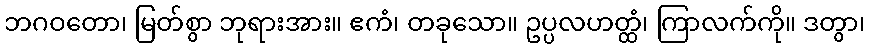
ဘဂဝတော၊ မြတ်စွာ ဘုရားအား။ ဧကံ၊ တခုသော။ ဥပ္ပလဟတ္ထံ၊ ကြာလက်ကို။ ဒတွာ၊